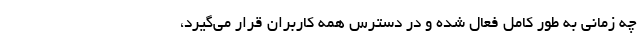
چه زمانی به طور کامل فعال شده و در دسترس همه کاربران قرار می‌گیرد،